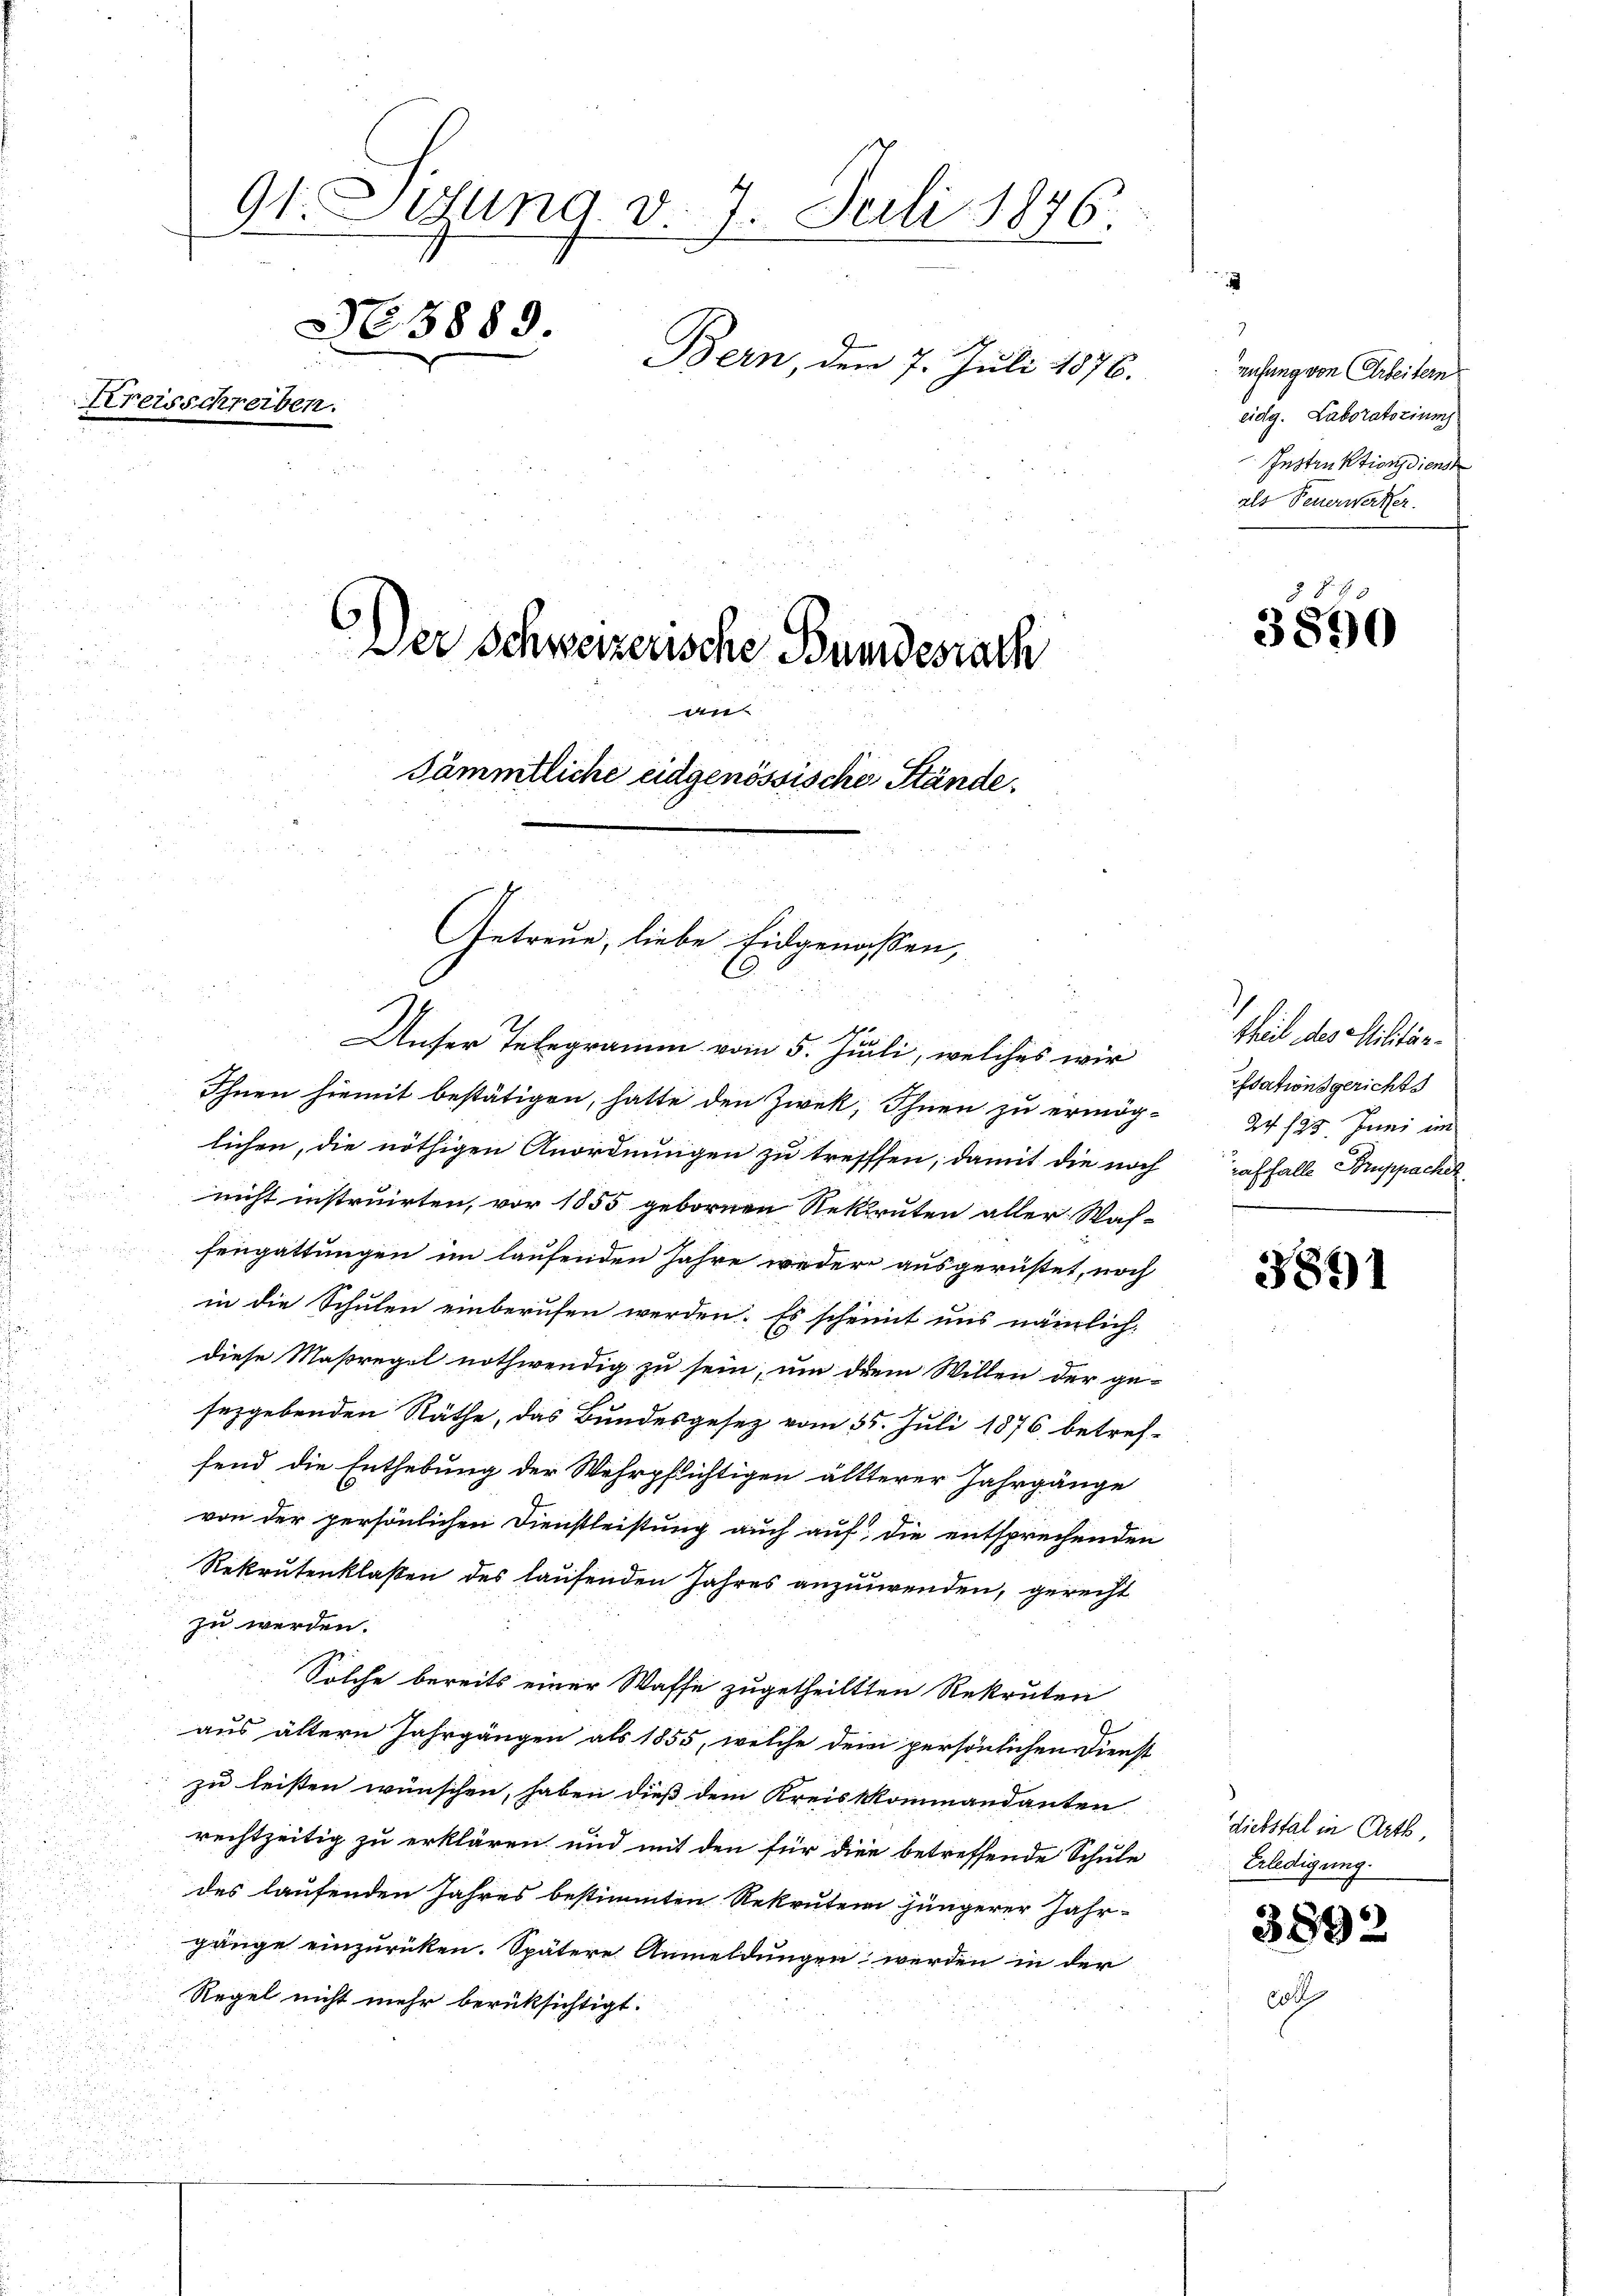
91. Setzung d. 7. Juli 1876.
No 3889.
Bern, den 7. Juli 1876.
Kreisschreiben.
Der Schweizerische Bundesrath
an
Sämmtliche eidgenössische Stände¬

Getreue, liebe Eidgenossen,

u
Unser Telegramm vom 5. Juli, welches wir
.
Ihnen hiemit bestätigen, hatte den Zwek, Ihnen zu ermög-
lichen, die nöthigen Anordnungen zu treffen, damit die noch
nicht instruirten, vor 1855 gebornen Rekruten aller Was-
fengattungen im laufenden Jahre weder ausgerüstet, noch
in die Schulen einberufen werden. Es scheint uns nämlich
diese Maßregel nothwendig zu sein, um dem Willen der ge-
seggebenden Räthe, das Bundesgesetz vom 55. Juli 1876 betreffend die Enthebung der Wehrpflichtigen ältterer Jahrgänge
von der persönlichen Dienstleistung auch auf, die entsprechenden
Rekrutenklaßen des laufenden Jahres anzuwenden, gerecht
zu werden.
Solche bereits einer Waffe zugetheilten Rekruten
d
aus ältern Jahrgängen als 1855, welche dem persönlichen Dienst
zu leisten wünschen, haben dieß dem Kreiskommandanten
rechtzeitig zu erklären und mit den für die betreffende Schule
des laufenden Jahres bestimmten Rekruten jüngerer Jahr-
gänge einzurücken. Spätere Anmeldungen werden in der
Regel nicht mehr berüksichtigt.

ufung von Arbeitern
eidg. Laboratorium.
Instruktionsdienst
als Feuerwerker.

theil des Militär¬
Idationsgerichts
24 198. Juni im
raffalle Suppacher
s

3841

Liebstal in Arth
Erledigung.

3890

892